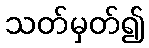
သတ်မှတ်၍